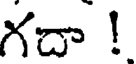
గదా !